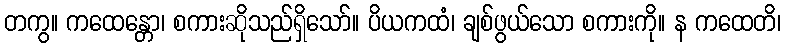
တကွ။ ကထေန္တော၊ စကားဆိုသည်ရှိသော်။ ပိယကထံ၊ ချစ်ဖွယ်သော စကားကို။ န ကထေတိ၊